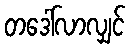
တဒေါ်လာလျှင်